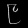
Digit: ၉